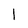
Character: 1